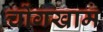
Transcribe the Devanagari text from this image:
चोंगखाम